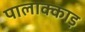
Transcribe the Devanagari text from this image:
पालाक्काड़